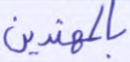
بالمهتدين